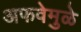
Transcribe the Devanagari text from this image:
अफवेमुळे